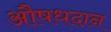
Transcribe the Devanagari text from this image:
औषधदान